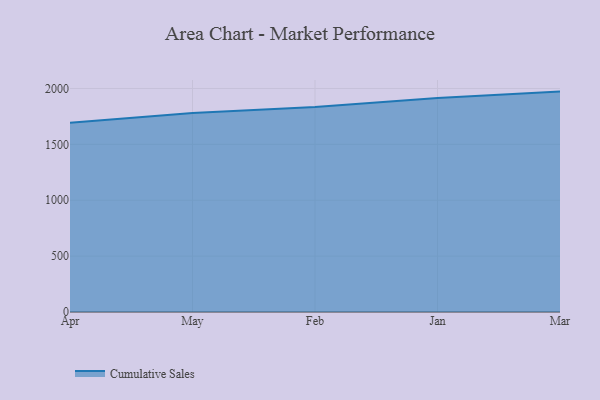
{"axis": {"x": "Month", "y": "Revenue (USD Million)"}, "legend": ["Cumulative Sales"], "data": [{"x": "Apr", "y": 1694.2, "type": "Cumulative Sales"}, {"x": "May", "y": 1781.6, "type": "Cumulative Sales"}, {"x": "Feb", "y": 1835.2, "type": "Cumulative Sales"}, {"x": "Jan", "y": 1914.0, "type": "Cumulative Sales"}, {"x": "Mar", "y": 1972.0, "type": "Cumulative Sales"}]}